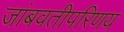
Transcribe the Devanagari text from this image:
जांबवतीपरिणय